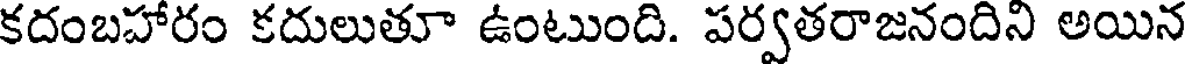
కదంబహారం కదులుతూ ఉంటుంది. పర్వతరాజనందిని అయిన